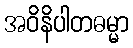
အဝိနိပါတဓမ္မာ